Indian journal of veterinary science and animal husbandry - Volumes 18-21, 1948-1951
Year: 1948
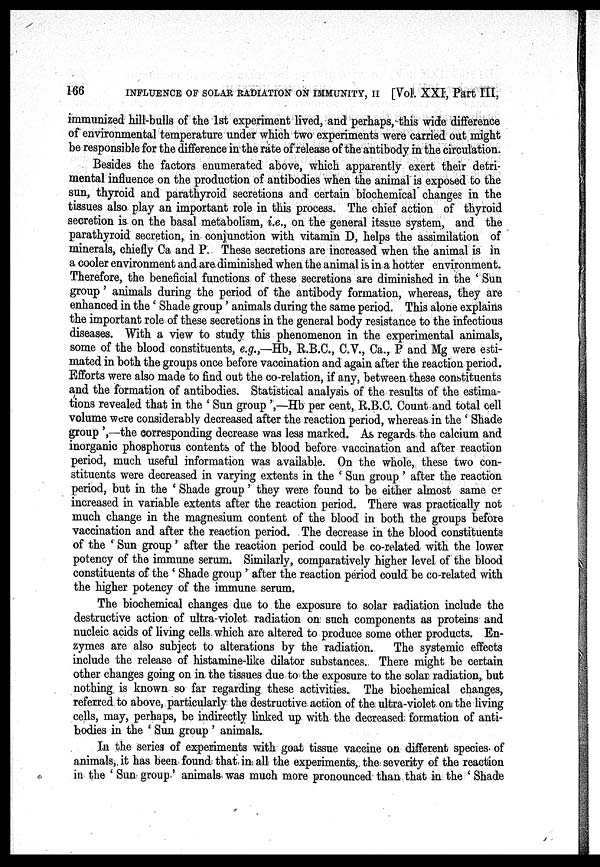
166
INFLUENCE OF SOLAR RADIATION ON IMMUNITY, II [Vol. XXI, Part III,
immunized hill-bulls of the 1st experiment lived, and perhaps, this wide difference
of environmental temperature under which two experiments were carried out might
be responsible for the difference in the rate of release of the antibody in the circulation.
Besides the factors enumerated above, which apparently exert their detri-
mental influence on the production of antibodies when the animal is exposed to the
sun, thyroid and parathyroid secretions and certain biochemical changes in the
tissues also play an important role in this process. The chief action of thyroid
secretion is on the basal metabolism, i.e., on the general itssue system, and the
parathyroid secretion, in conjunction with vitamin D, helps the assimilation of
minerals, chiefly Ca and P. These secretions are increased when the animal is in
a cooler environment and are diminished when the animal is in a hotter environment.
Therefore, the beneficial functions of these secretions are diminished in the 'Sun
group' animals during the period of the antibody formation, whereas, they are
enhanced in the 'Shade group' animals during the same period. This alone explains
the important role of these secretions in the general body resistance to the infectious
diseases. With a view to study this phenomenon in the experimental animals,
some of the blood constituents, e.g.,—Hb, R.B.C., C.V., Ca., P and Mg were esti-
mated in both the groups once before vaccination and again after the reaction period.
Efforts were also made to find out the co-relation, if any, between these constituents
and the formation of antibodies. Statistical analysis of the results of the estima-
tions revealed that in the 'Sun group',—Hb per cent, R.B.C. Count and total cell
volume were considerably decreased after the reaction period, whereas in the 'Shade
group',—the corresponding decrease was less marked. As regards the calcium and
inorganic phosphorus contents of the blood before vaccination and after reaction
period, much useful information was available. On the whole, these two con-
stituents were decreased in varying extents in the 'Sun group' after the reaction
period, but in the 'Shade group' they were found to be either almost same or
increased in variable extents after the reaction period. There was practically not
much change in the magnesium content of the blood in both the groups before
vaccination and after the reaction period. The decrease in the blood constituents
of the 'Sun group' after the reaction period could be co-related with the lower
potency of the immune serum. Similarly, comparatively higher level of the blood
constituents of the 'Shade group' after the reaction period could be co-related with
the higher potency of the immune serum.
The biochemical changes due to the exposure to solar radiation include the
destructive action of ultra-violet radiation on such components as proteins and
nucleic acids of living cells which are altered to produce some other products. En-
zymes are also subject to alterations by the radiation.
The systemic effects
include the release of histamine-like dilator substances. There might be certain
other changes going on in the tissues due to the exposure to the solar radiation, but
nothing is known so far regarding these activities. The biochemical changes,
referred to above, particularly the destructive action of the ultra-violet on the living
cells, may, perhaps, be indirectly linked up with the decreased formation of anti-
bodies in the 'Sun group' animals.
In the series of experiments with goat tissue vaccine on different species. of
animals, it has been found that in all the experiments, the severity of the reaction
in the 'Sun group' animals was much more pronounced than that in the 'Shade